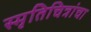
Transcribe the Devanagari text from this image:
स्मृतिचित्रांचा